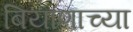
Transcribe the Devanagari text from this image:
बियाणाच्या